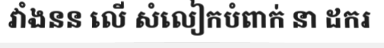
វាំងនន លើ សំលៀកបំពាក់ នា ដករ